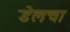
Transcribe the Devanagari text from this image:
डेलचा